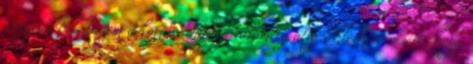
pengéjét beledugom a kőművesmunka valamely alig észlelhető résébe, hogy